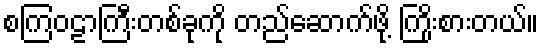
စကြဝဠာကြီးတစ်ခုကို တည်ဆောက်ဖို့ ကြိုးစားတယ်။